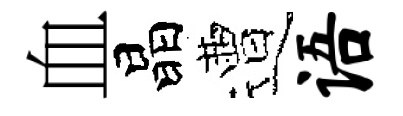
血晶遭语